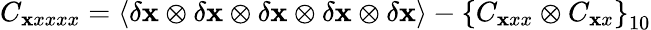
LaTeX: C_{\mathbf xxxxx}=\langle\delta{\mathbf x}\otimes\delta{\mathbf x}\otimes\delta{\mathbf x}\otimes\delta{\mathbf x}\otimes\delta{\mathbf x}\rangle-\left\lbrace C_{\mathbf xxx}\otimes C_{\mathbf xx}\right\rbrace_{10}